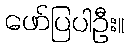
ဖော်ပြပါဦး။